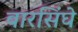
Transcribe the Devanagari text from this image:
बारसिंघे